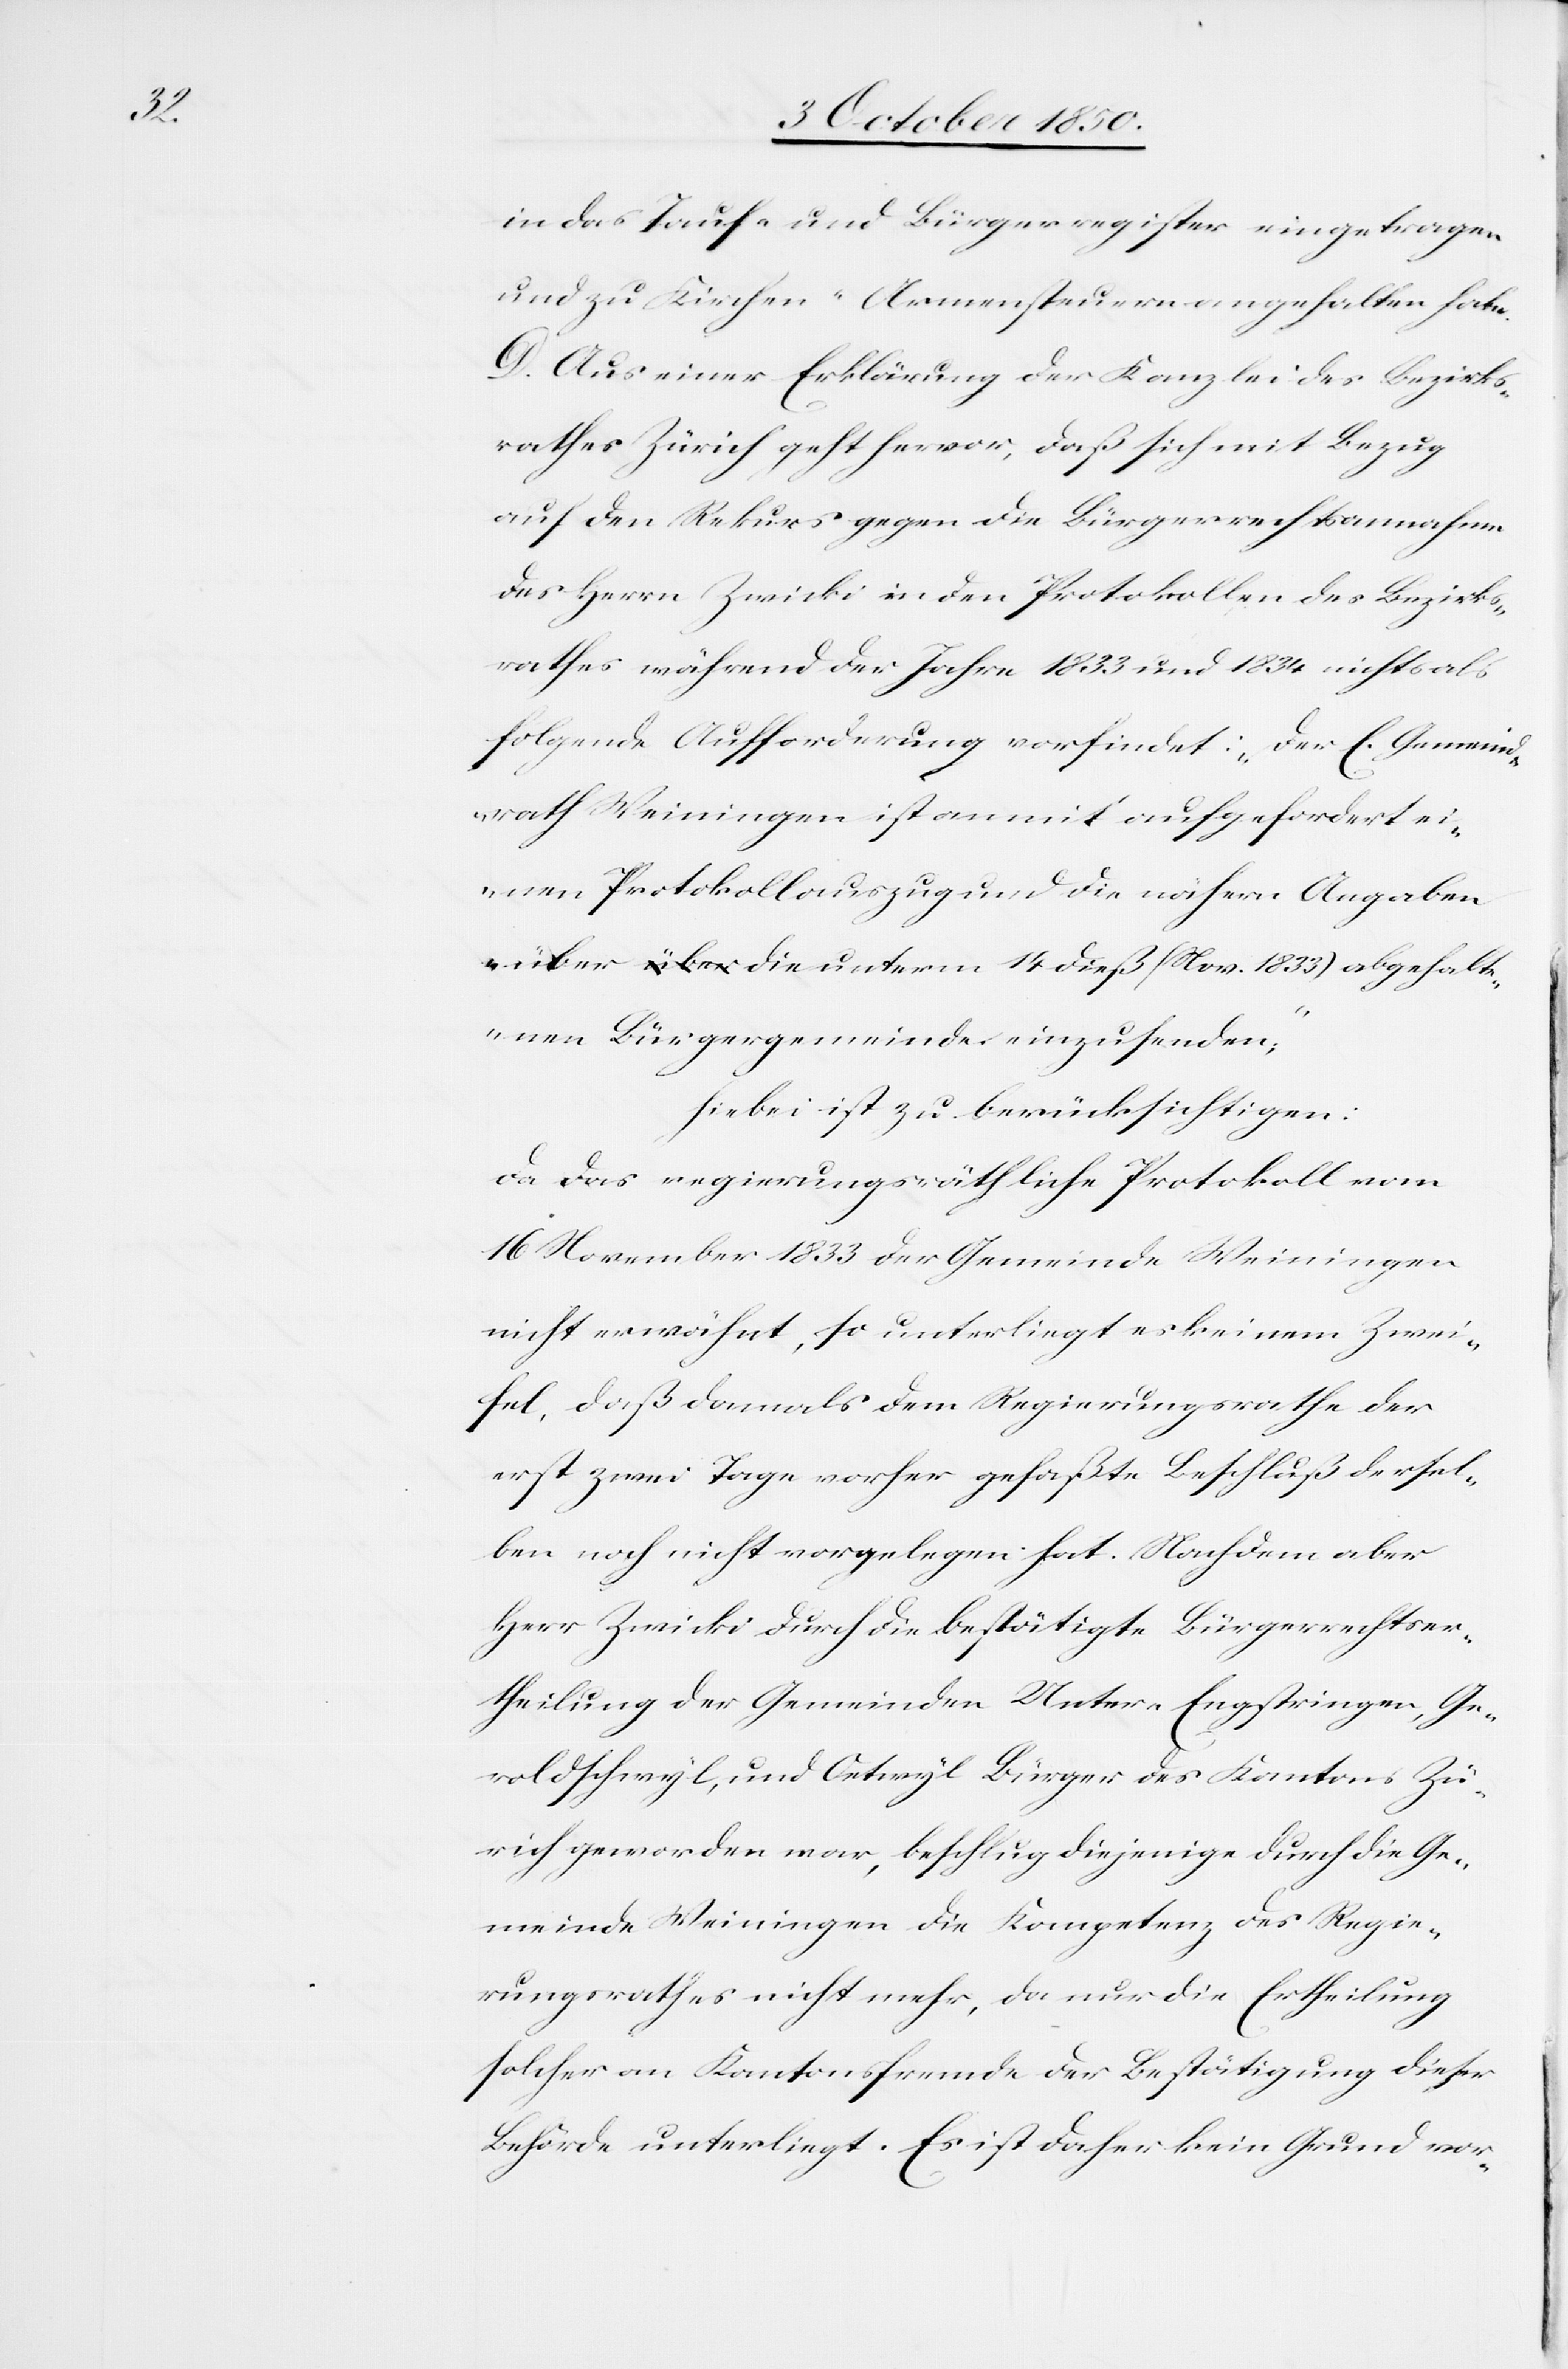
in das Tauf- und Bürgerregister eingetragen
und zu Kirchen-Armensteuern angehalten habe.
D. Aus einer Erklärung der Kanzlei des Bezirks¬
rathes Zürich geht hervor, daß sich mit Bezug
auf den Rekurs gegen die Bürgerrechtsannahme
des Herrn Zwicki in den Protokollen des Bezirks¬
rathes während der Jahre 1833 und 1834 nichts als
folgende Aufforderung vorfindet: „Der E. Gemeind¬
rath Weiningen ist anmit aufgefordert ei¬
nen Protokollsauszug und die nähern Angaben
über die unterm 14 dieß (Nov. 1833) abgehalt¬
enen Bürgergemeinde einzusenden“;
hiebei ist zu berücksichtigen:
Da das regierungsräthliche Protokoll vom
16 November 1833 der Gemeinde Weiningen
nicht erwähnt, so unterliegt es keinem Zwei¬
fel, daß damals dem Regierungsrathe der
erst zwei Tage vorher gefaßte Beschluß dersel¬
ben noch nicht vorgelegen hat. Nachdem aber
Herr Zwicki durch die bestätigte Bürgerrechtser¬
theilung der Gemeinden Unter-Engstringen, Ge¬
roldschwyl, und Oetwyl Bürger des Kantons Zü¬
rich geworden war, beschlug diejenige durch die Ge¬
meinde Weiningen die Kompetenz des Regie¬
rungsrathes nicht mehr, da nur die Ertheilung
solcher an Kantonsfremde der Bestätigung dieser
Behörde unterlieg. Es ist daher kein Grund vor-